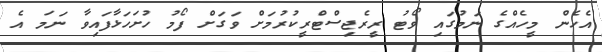
އެހެން މީހެއްގެ ނަމުގައި ވޯޓު ރީރެޖިސްޓްރީކުރުމަށް ވަގަށް ފޯމު ހުށަހަޅާފައިވާ ނަމަ އެ